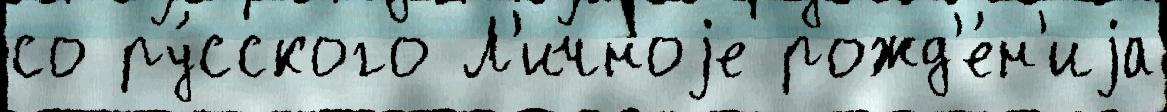
со ру́сского Л'ичноjе рожд'е́н'иjа